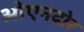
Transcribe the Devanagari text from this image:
ओएनदोर